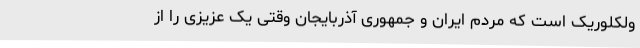
ولکلوریک است که مردم ایران و جمهوری آذربایجان وقتی یک عزیزی را از